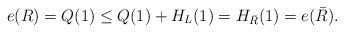
LaTeX: \begin{align*}e(R) = Q(1) \leq Q(1)+H_L(1) =H_{\bar{R}}(1)= e(\bar{R}).\end{align*}